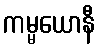
ကမ္မယောနီ